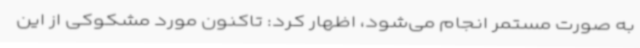
به صورت مستمر انجام می‌شود، اظهار کرد: تاکنون مورد مشکوکی از این